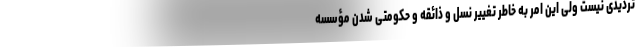
تردیدی نیست ولی این امر به خاطر تغییر نسل و ذائقه و حکومتی شدن مؤسسه